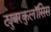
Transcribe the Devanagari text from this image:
ट्युबरकुलॉसिस